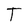
Character: T